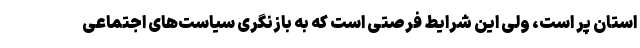
استان پر است، ولی این شرایط فرصتی است که به بازنگری سیاست‌های اجتماعی